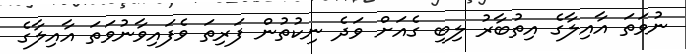
ނުވަތަ އާއިލާގެ އިތުބާރު ލިބި ގެއަށް ވަދެ ނިކުތުން ފަރިތަ ވެފައިވާނުވަތަ އާއިލާގެ